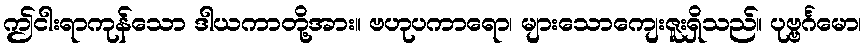
ဤငါးရာကုန်သော ဒါယကာတို့အား။ ဗဟုပကာရော၊ များသောကျေးဇူးရှိသည်။ ပုဗ္ဗင်္ဂမော၊